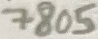
Text: 7805